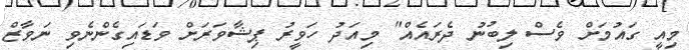
މިއީ ގައުމަށް ވެސް ލިބުނު ދެރައެއް" މިއަދު ހަވީރު ޕިޝާވަރަށް ވަޑައިގެންނެވި ނަވާޒް